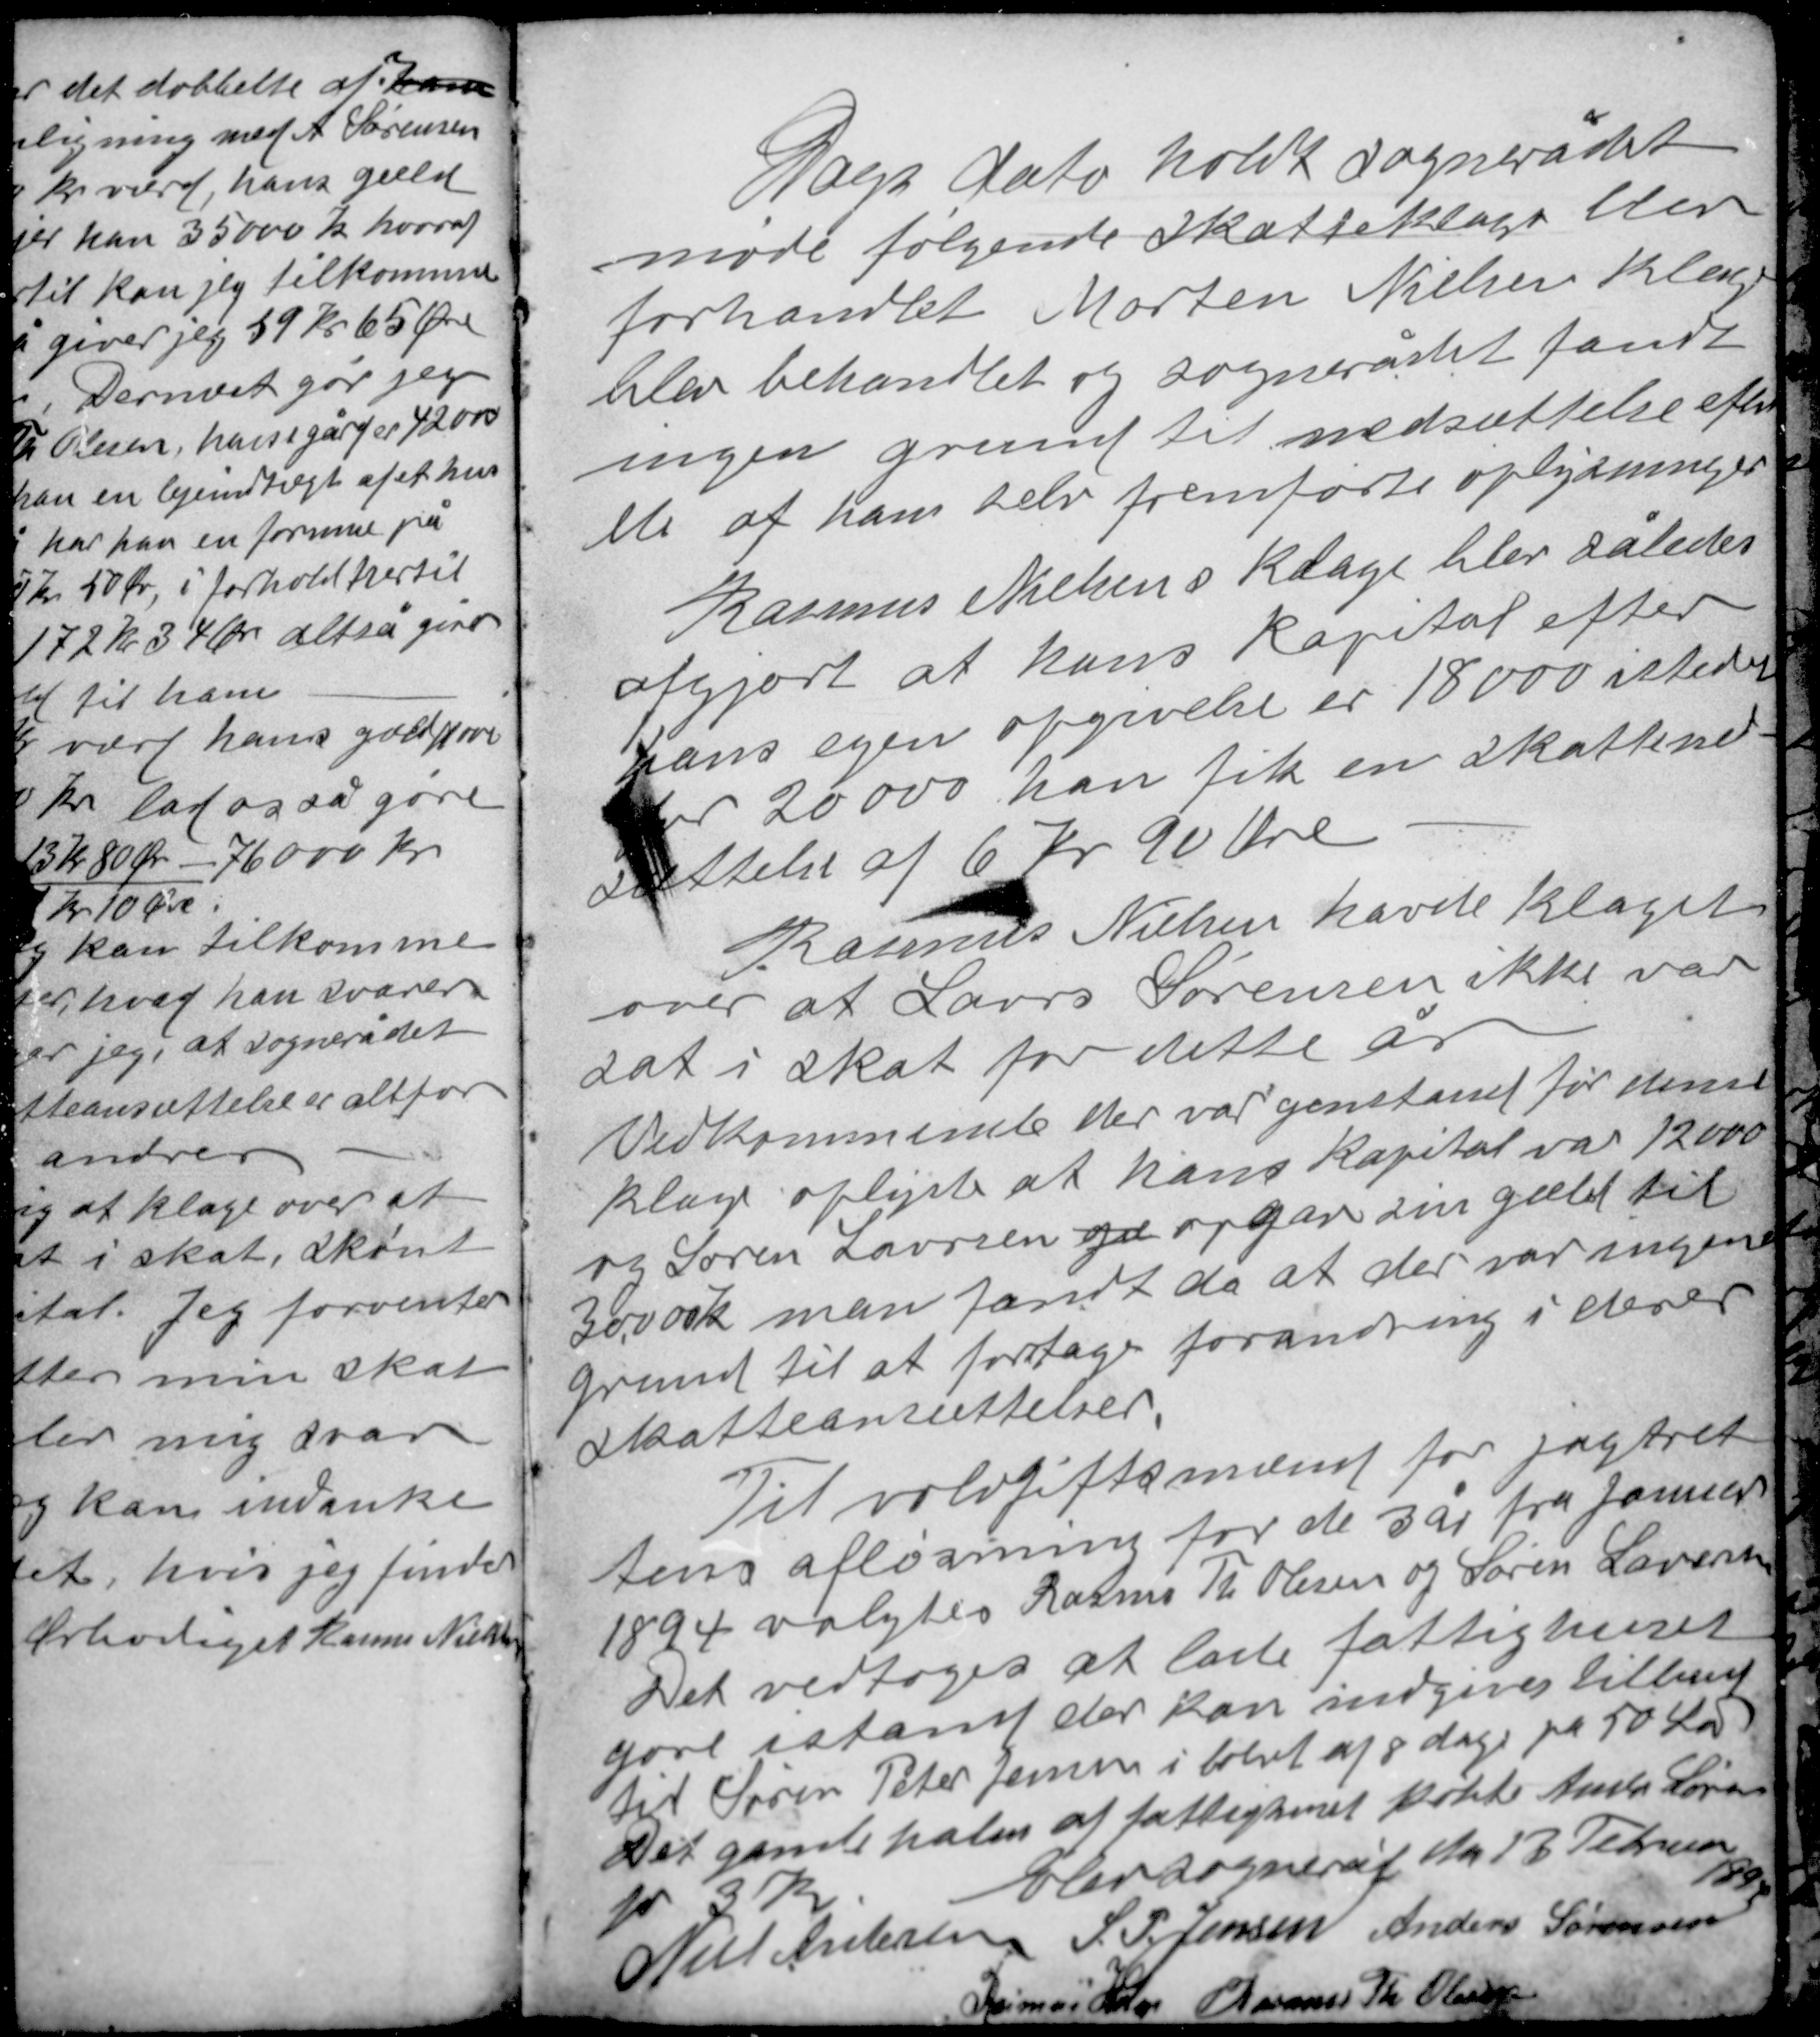
Transskription:
Dags dato holdt sognerådet
møde følgende skatteklager blev
forhandlet Morten Nielsens klage
blev behandlet og sognerådet fandt
ingen grund til nedsættelse efter
de af ham selv fremførte oplysninger

Rasmus Nielsens klage blev således
afgjort at hans kapital efter
hans egen opgivelse er 18000 istedet
for 20000 han fik en skattened-
sættelse af 6 Kr 90 Øre.

Rasmus Nielsen havde klaget
over at Laurs Sørensen ikke var
sat i skat for dette år
Vedkommende der var genstand for denne
klage oplyste at hans kapital var 12000
og Søren Laursen ga opgav sin gæld til
30.000 k man fandt da at der var ingen
grund til at foretage forandring i deres
skatteansættelser.

Til voldgiftsmænd for jagtret-
tens afløsning for de 3 år fra Januar
1894 valgtes Rasmus Th Olesen og Søren Laursen
Det vedtoges at lade fattighuset
gøre istand der kan indgives tilbud
til Søren Peter Jensen i løbet af 8 dage på 50 ℔
Det gamle halm af fattighuset købte Anders Sørensen
for 3 kr.
Elev sogneråd d 13 Februar 1894
Niels Andersen S. P. Jensen Anders Sørensen
Rasmus Holm Rasmus Th Olesen